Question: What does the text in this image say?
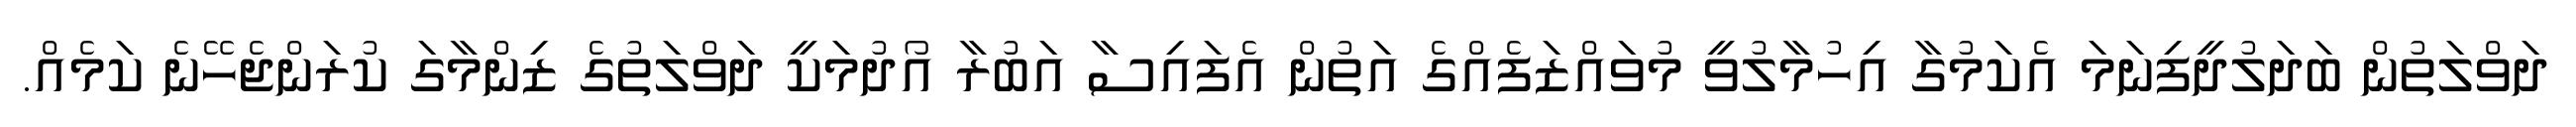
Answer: ދަވްލަތުން ބަދަލުދީފިނަމަ އެކަމުގާ އިހުމާލުވީ މުވައްޒަފެއްގެ އަތުން އެފައިސާ އަބުރާ އޯދުމަކީ ދަވްލަތުގެ ޒިންމާގަ ކުރަންޖެހޭނެ ކަމެއް.